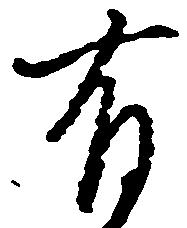
有